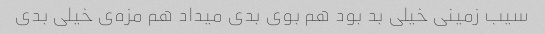
سیب زمینی خیلی بد بود هم بوی بدی میداد هم مزه‌ی خیلی بدی